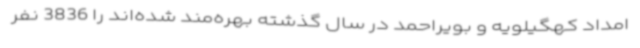
امداد کهگیلویه و بویراحمد در سال گذشته بهره‌مند شده‌اند را 3836 نفر